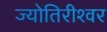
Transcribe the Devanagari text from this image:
ज्योतिरीश्‍वर